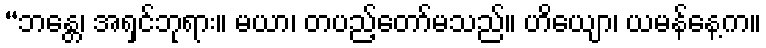
“ဘန္တေ၊ အရှင်ဘုရား။ မယာ၊ တပည့်တော်မသည်။ ဟိယျော၊ ယမန်နေ့က။